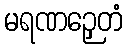
မရဏဉှေတံ